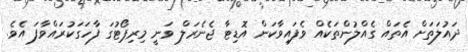
ދައުލަތަށް އެތައް ގެއްލުންތަކެއް ވެފައިވާކަން އޮޑިޓާ ޖެނެރަލް ވަނީ މިރިޕޯޓުގަ ފާހަގަކުރައްވާފަ އެވެ.